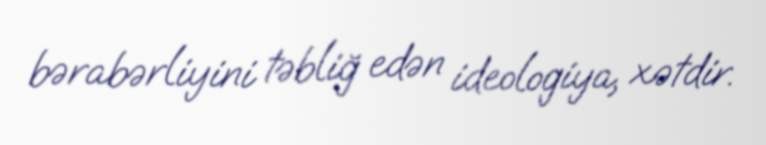
bərabərliyini təbliğ edən ideologiya, xətdir.